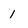
Character: 1